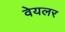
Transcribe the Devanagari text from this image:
वेयलर